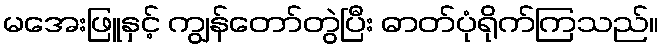
မအေးဖြူနှင့် ကျွန်တော်တွဲပြီး ဓာတ်ပုံရိုက်ကြသည်။